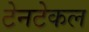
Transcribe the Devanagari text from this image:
टेनटेकल